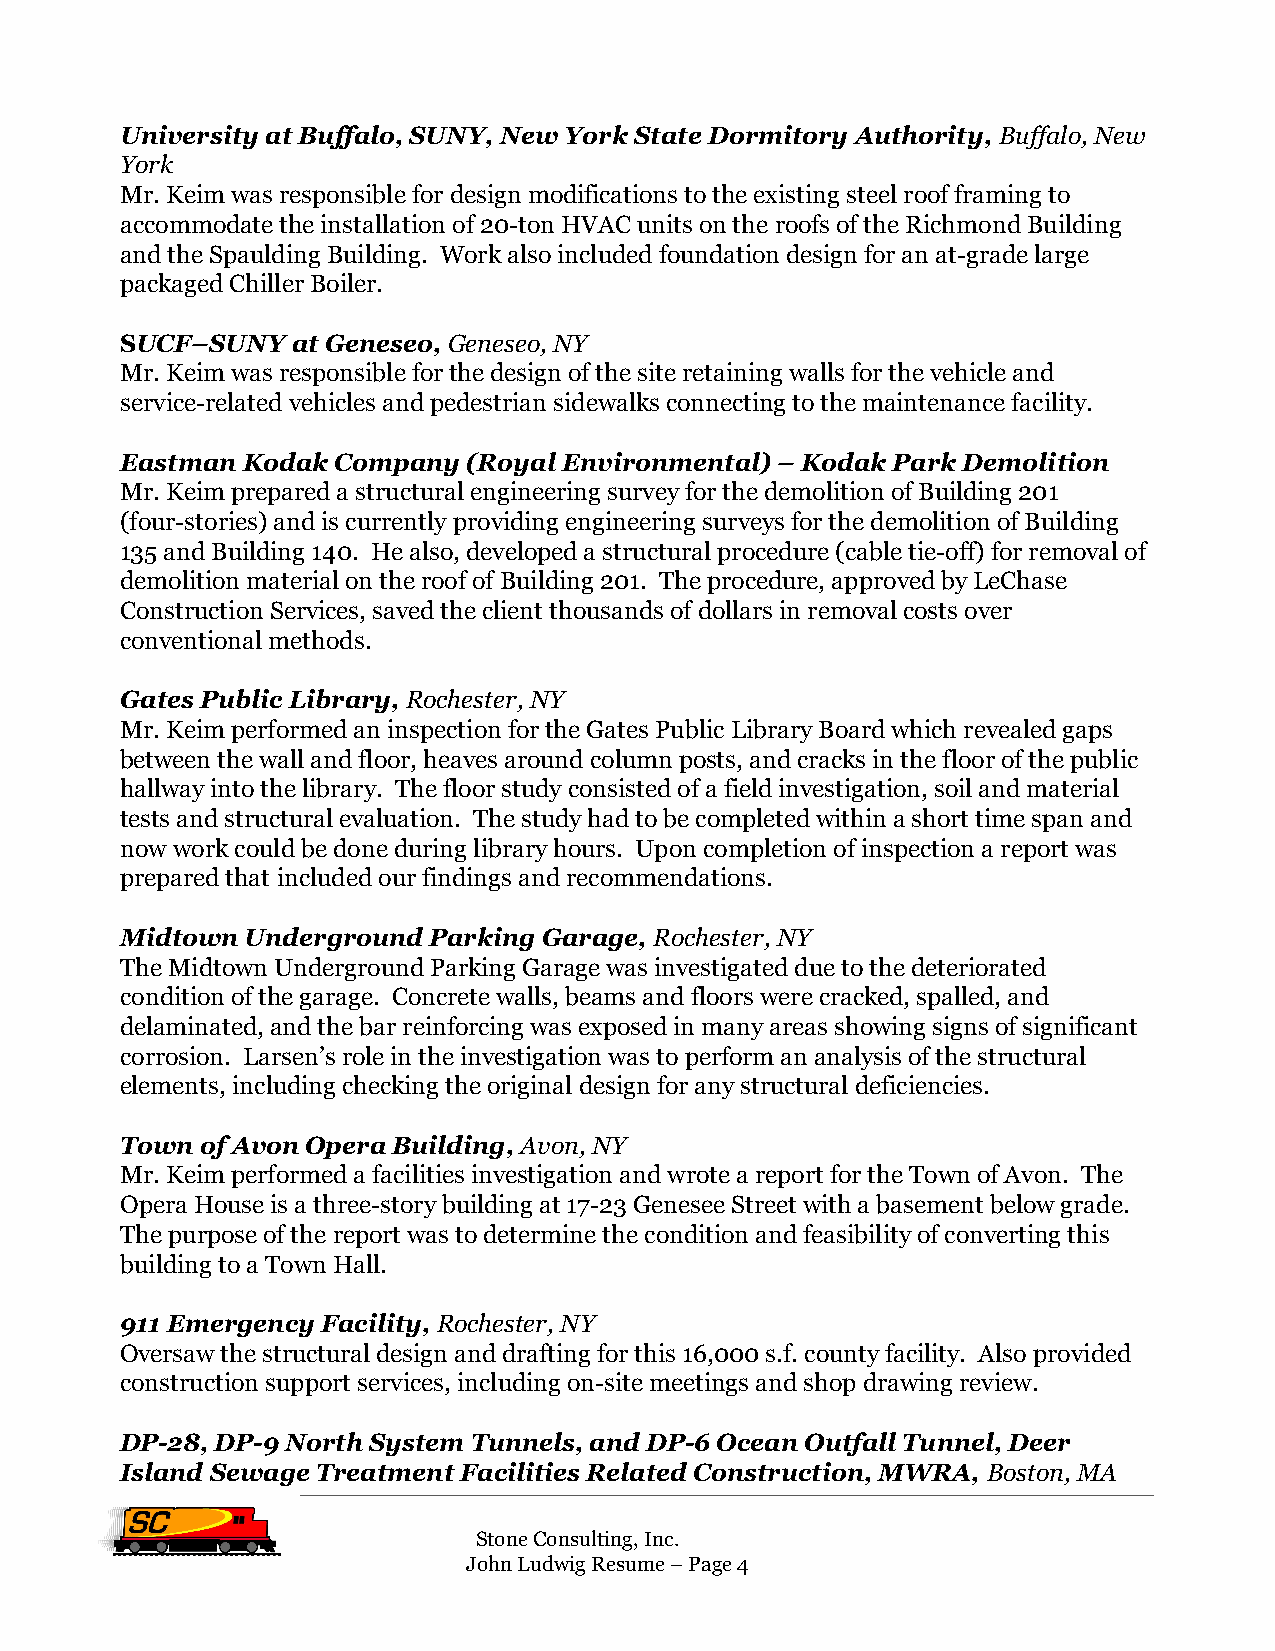
University at Buffalo, SUNY, New York State Dormitory Authority, Buffalo, New
 York
 Mr. Keim was responsible for design modifications to the existing steel roof framing to
 accommodate the installation of 20-ton HVAC units on the roofs of the Richmond Building
 and the Spaulding Building. Work also included foundation design for an at-grade large
 packaged Chiller Boiler.
 SUCF–SUNY  at Geneseo, Geneseo, NY
 Mr. Keim was responsible for the design of the site retaining walls for the vehicle and
 service-related vehicles and pedestrian sidewalks connecting to the maintenance facility.
 Eastman Kodak Company  (Royal Environmental) – Kodak Park Demolition
 Mr. Keim prepared a structural engineering survey for the demolition of Building 201
 (four-stories) and is currently providing engineering surveys for the demolition of Building
 135 and Building 140. He also, developed a structural procedure (cable tie-off) for removal of
 demolition material on the roof of Building 201. The procedure, approved by LeChase
 Construction Services, saved the client thousands of dollars in removal costs over
 conventional methods.
 Gates Public Library, Rochester, NY
 Mr. Keim performed an inspection for the Gates Public Library Board which revealed gaps
 between the wall and floor, heaves around column posts, and cracks in the floor of the public
 hallway into the library. The floor study consisted of a field investigation, soil and material
 tests and structural evaluation. The study had to be completed within a short time span and
 now work could be done during library hours. Upon completion of inspection a report was
 prepared that included our findings and recommendations.
 Midtown Underground Parking Garage, Rochester, NY
 The Midtown Underground Parking Garage was investigated due to the deteriorated
 condition of the garage. Concrete walls, beams and floors were cracked, spalled, and
 delaminated, and the bar reinforcing was exposed in many areas showing signs of significant
 corrosion. Larsen’s role in the investigation was to perform an analysis of the structural
 elements, including checking the original design for any structural deficiencies.
 Town of Avon Opera Building, Avon, NY
 Mr. Keim performed a facilities investigation and wrote a report for the Town of Avon. The
 Opera House is a three-story building at 17-23 Genesee Street with a basement below grade.
 The purpose of the report was to determine the condition and feasibility of converting this
 building to a Town Hall.
 911 Emergency Facility, Rochester, NY
 Oversaw the structural design and drafting for this 16,000 s.f. county facility. Also provided
 construction support services, including on-site meetings and shop drawing review.
 DP-28, DP-9 North System Tunnels, and DP-6 Ocean Outfall Tunnel, Deer
 Island Sewage Treatment Facilities Related Construction, MWRA, Boston, MA
 Stone Consulting, Inc.
 John Ludwig Resume – Page4